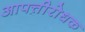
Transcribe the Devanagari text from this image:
आपत्तीरोधक